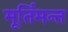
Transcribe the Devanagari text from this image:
मूर्तिमन्त